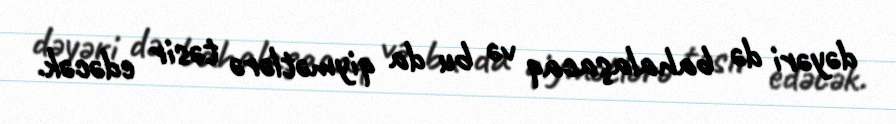
dəyəri də bahalaşacaq və bu da qiymətlərə təsir edəcək.